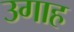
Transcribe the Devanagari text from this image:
उगाह